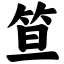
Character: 笪